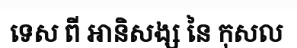
ទេស ពី អានិសង្ស នៃ កុសល